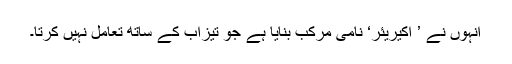
انہوں نے ’ اکیریئر‘ نامی مرکب بنایا ہے جو تیزاب کے ساتھ تعامل نہیں کرتا۔